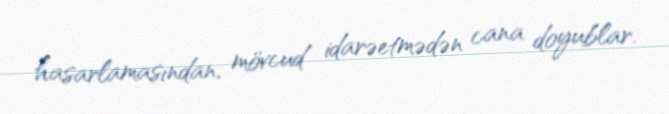
hasarlamasından, mövcud idarəetmədən cana doyublar.